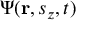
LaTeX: \Psi ( \mathbf { r } , s _ { z } , t )